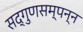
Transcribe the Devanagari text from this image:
सद्गुणसम्पन्न